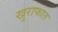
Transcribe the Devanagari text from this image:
खुराफात